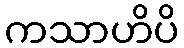
ကသာဟိပိ